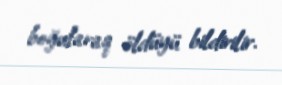
boğularaq öldüyü bildirilir.